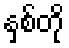
နှစ်တို